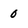
Character: 0